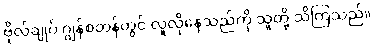
ဗိုလ်ချုပ် ဂျွန်စတန်တွင် လူလိုနေသည်ကို သူတို့ သိကြသည်။